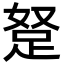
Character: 𮛖